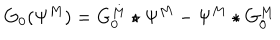
G _ { 0 } ( \Psi ^ { M } ) = G _ { 0 } ^ { M } \star \Psi ^ { M } - \Psi ^ { M } \star G _ { 0 } ^ { M }